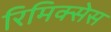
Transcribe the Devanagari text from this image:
रिमिक्सेस